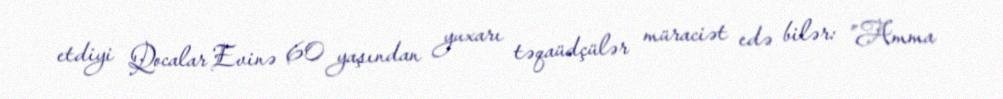
etdiyi Qocalar Evinə 60 yaşından yuxarı təqaüdçülər müraciət edə bilər: ”Amma